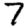
Digit: 7